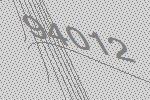
94012